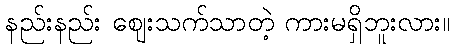
နည်းနည်း ဈေးသက်သာတဲ့ ကားမရှိဘူးလား။